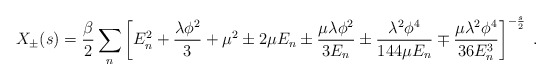
\begin{align*}X_{\pm}(s)=\frac{\beta}{2}\sum_n\left[E_n^2+\frac{\lambda\phi^2}{3}+\mu^2\pm 2\mu E_n\pm\frac{\mu\lambda\phi^2}{3E_n}\pm\frac{\lambda^2\phi^4}{144\mu E_n}\mp\frac{\mu\lambda^2\phi^4}{36E_n^3}\right]^{-\frac{s}{2}}\;.\end{align*}